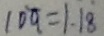
1 0 q = 1 . 1 8